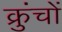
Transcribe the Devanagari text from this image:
क्रुंचों